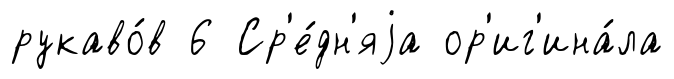
рукаво́в 6 Ср'е́дн'яjа ор'иг'ина́ла